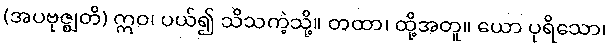
(အပဗုဇ္ဈတိ) ဣဝ၊ ပယ်၍ သိသကဲ့သို့။ တထာ၊ ထို့အတူ။ ယော ပုရိသော၊